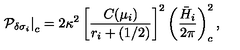
\left. { \cal P } _ { \delta \sigma _ { i } } \right| _ { c } = 2 \kappa ^ { 2 } \left[ { \frac { C ( \mu _ { i } ) } { r _ { i } + ( 1 / 2 ) } } \right] ^ { 2 } \left( { \frac { \bar { H } _ { i } } { 2 \pi } } \right) _ { c } ^ { 2 } ,